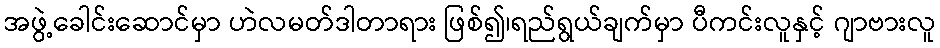
အဖွဲ့ခေါင်းဆောင်မှာ ဟဲလမတ်ဒါတာရား ဖြစ်၍၊ရည်ရွယ်ချက်မှာ ပီကင်းလူနှင့် ဂျာဗားလူ